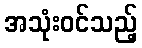
အသုံးဝင်သည့်